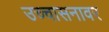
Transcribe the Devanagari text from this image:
उच्चासनावर